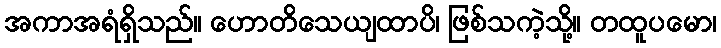
အကာအရံရှိသည်။ ဟောတိသေယျထာပိ၊ ဖြစ်သကဲ့သို့။ တထူပမော၊